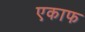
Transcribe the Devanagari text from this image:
एकाफ